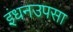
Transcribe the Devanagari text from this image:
इंधनउपसा